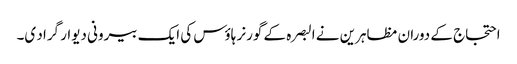
احتجاج کے دوران مظاہرین نے البصرہ کے گورنر ہاؤس کی ایک بیرونی دیوار گراد ی۔